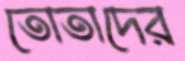
তোতাদের